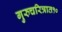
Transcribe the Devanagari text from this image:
गुरुचरित्रात१०